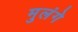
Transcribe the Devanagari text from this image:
मुलंगे